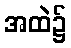
အထဲ၌